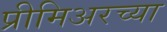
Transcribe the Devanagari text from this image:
प्रीमिअरच्या